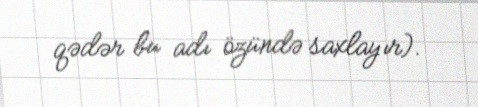
qədər bu adı özündə saxlayır).